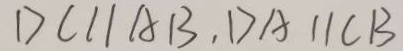
D C / / A B , D A / / C B